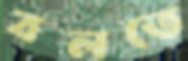
বলতে